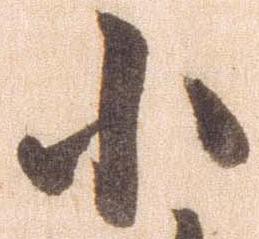
小